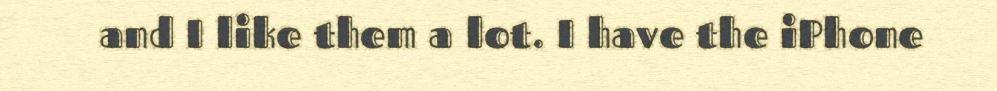
and I like them a lot. I have the iPhone